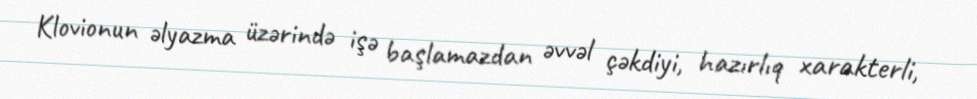
Klovionun əlyazma üzərində işə başlamazdan əvvəl çəkdiyi, hazırlıq xarakterli,